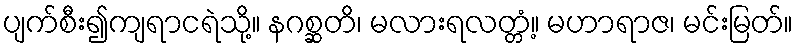
ပျက်စီး၍ကျရာငရဲသို့။ နဂစ္ဆတိ၊ မလားရလတ္တံ့။ မဟာရာဇ၊ မင်းမြတ်။